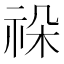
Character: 𥙨